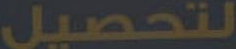
لتحصيل